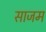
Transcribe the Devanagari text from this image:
साजम